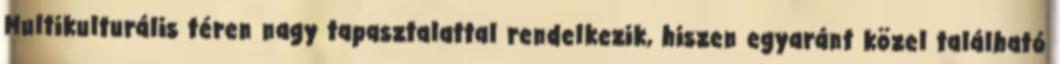
Multikulturális téren nagy tapasztalattal rendelkezik, hiszen egyaránt közel található